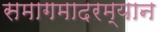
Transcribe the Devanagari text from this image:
समागमादरम्यान